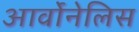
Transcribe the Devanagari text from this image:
आर्वोनेलिस